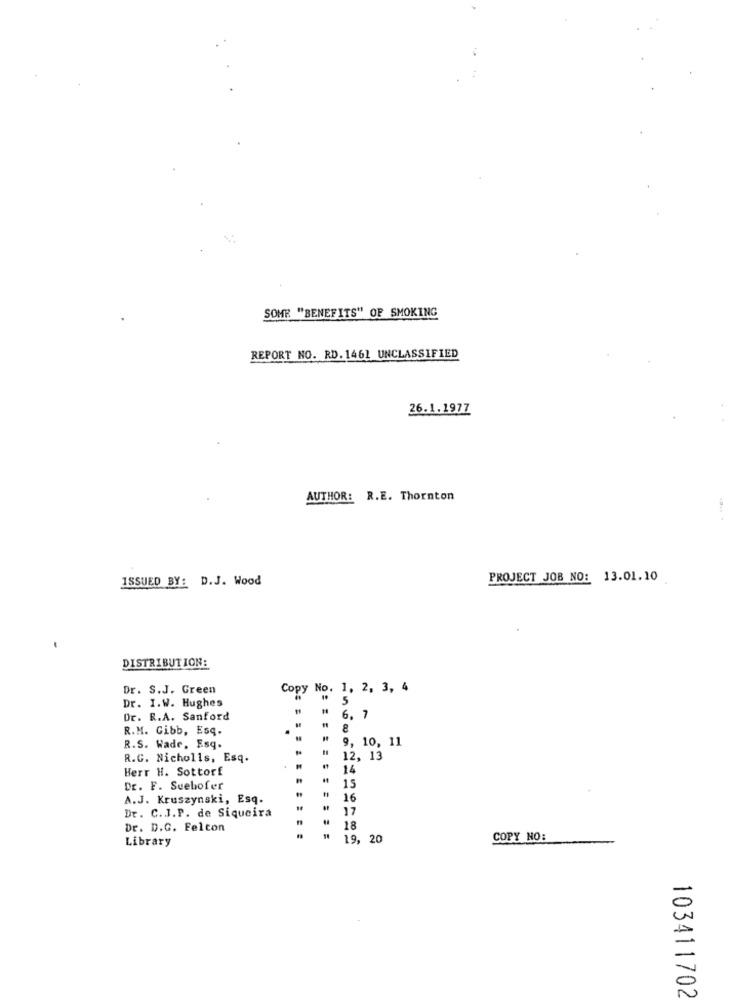
SOME "BENEFITS" OF SMOKING
REPORT NO. RD. 1461 UNCLASSIFIED
26.1.1977
AUTHOR: R.E. Thornton
ISSUED BY: D.J. Wood
PROJECT JOB NO: 13.01.10
DISTRIBUTION:
Dr. S.J. Green
Copy No. 1, 2, 3, 4
Dr. I.W. Hughes
5
Dr. R.A. Sanford
6.
R.M. Gibb, Esq.
..
8
9, 10, 11
R.S. Wade, Esq.
R.C. Nicholls, Esq.
12, 13
Berr H. Sottorf
14
Dr. F. Seebofer
15
A.J. Kruszynski, Esq.
16
Dr. C.J.P. de Siqueira
17
Dr. D.G. Felton
18
Library
19, 20
COPY NO:
103411702